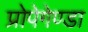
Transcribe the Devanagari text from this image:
प्रोपेगेण्डा